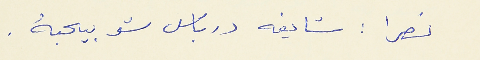
نصرا : شايفه درباس شو بيحبهُ .